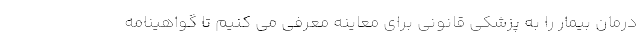
درمان بیمار را به پزشکی قانونی برای معاینه معرفی می کنیم تا گواهینامه